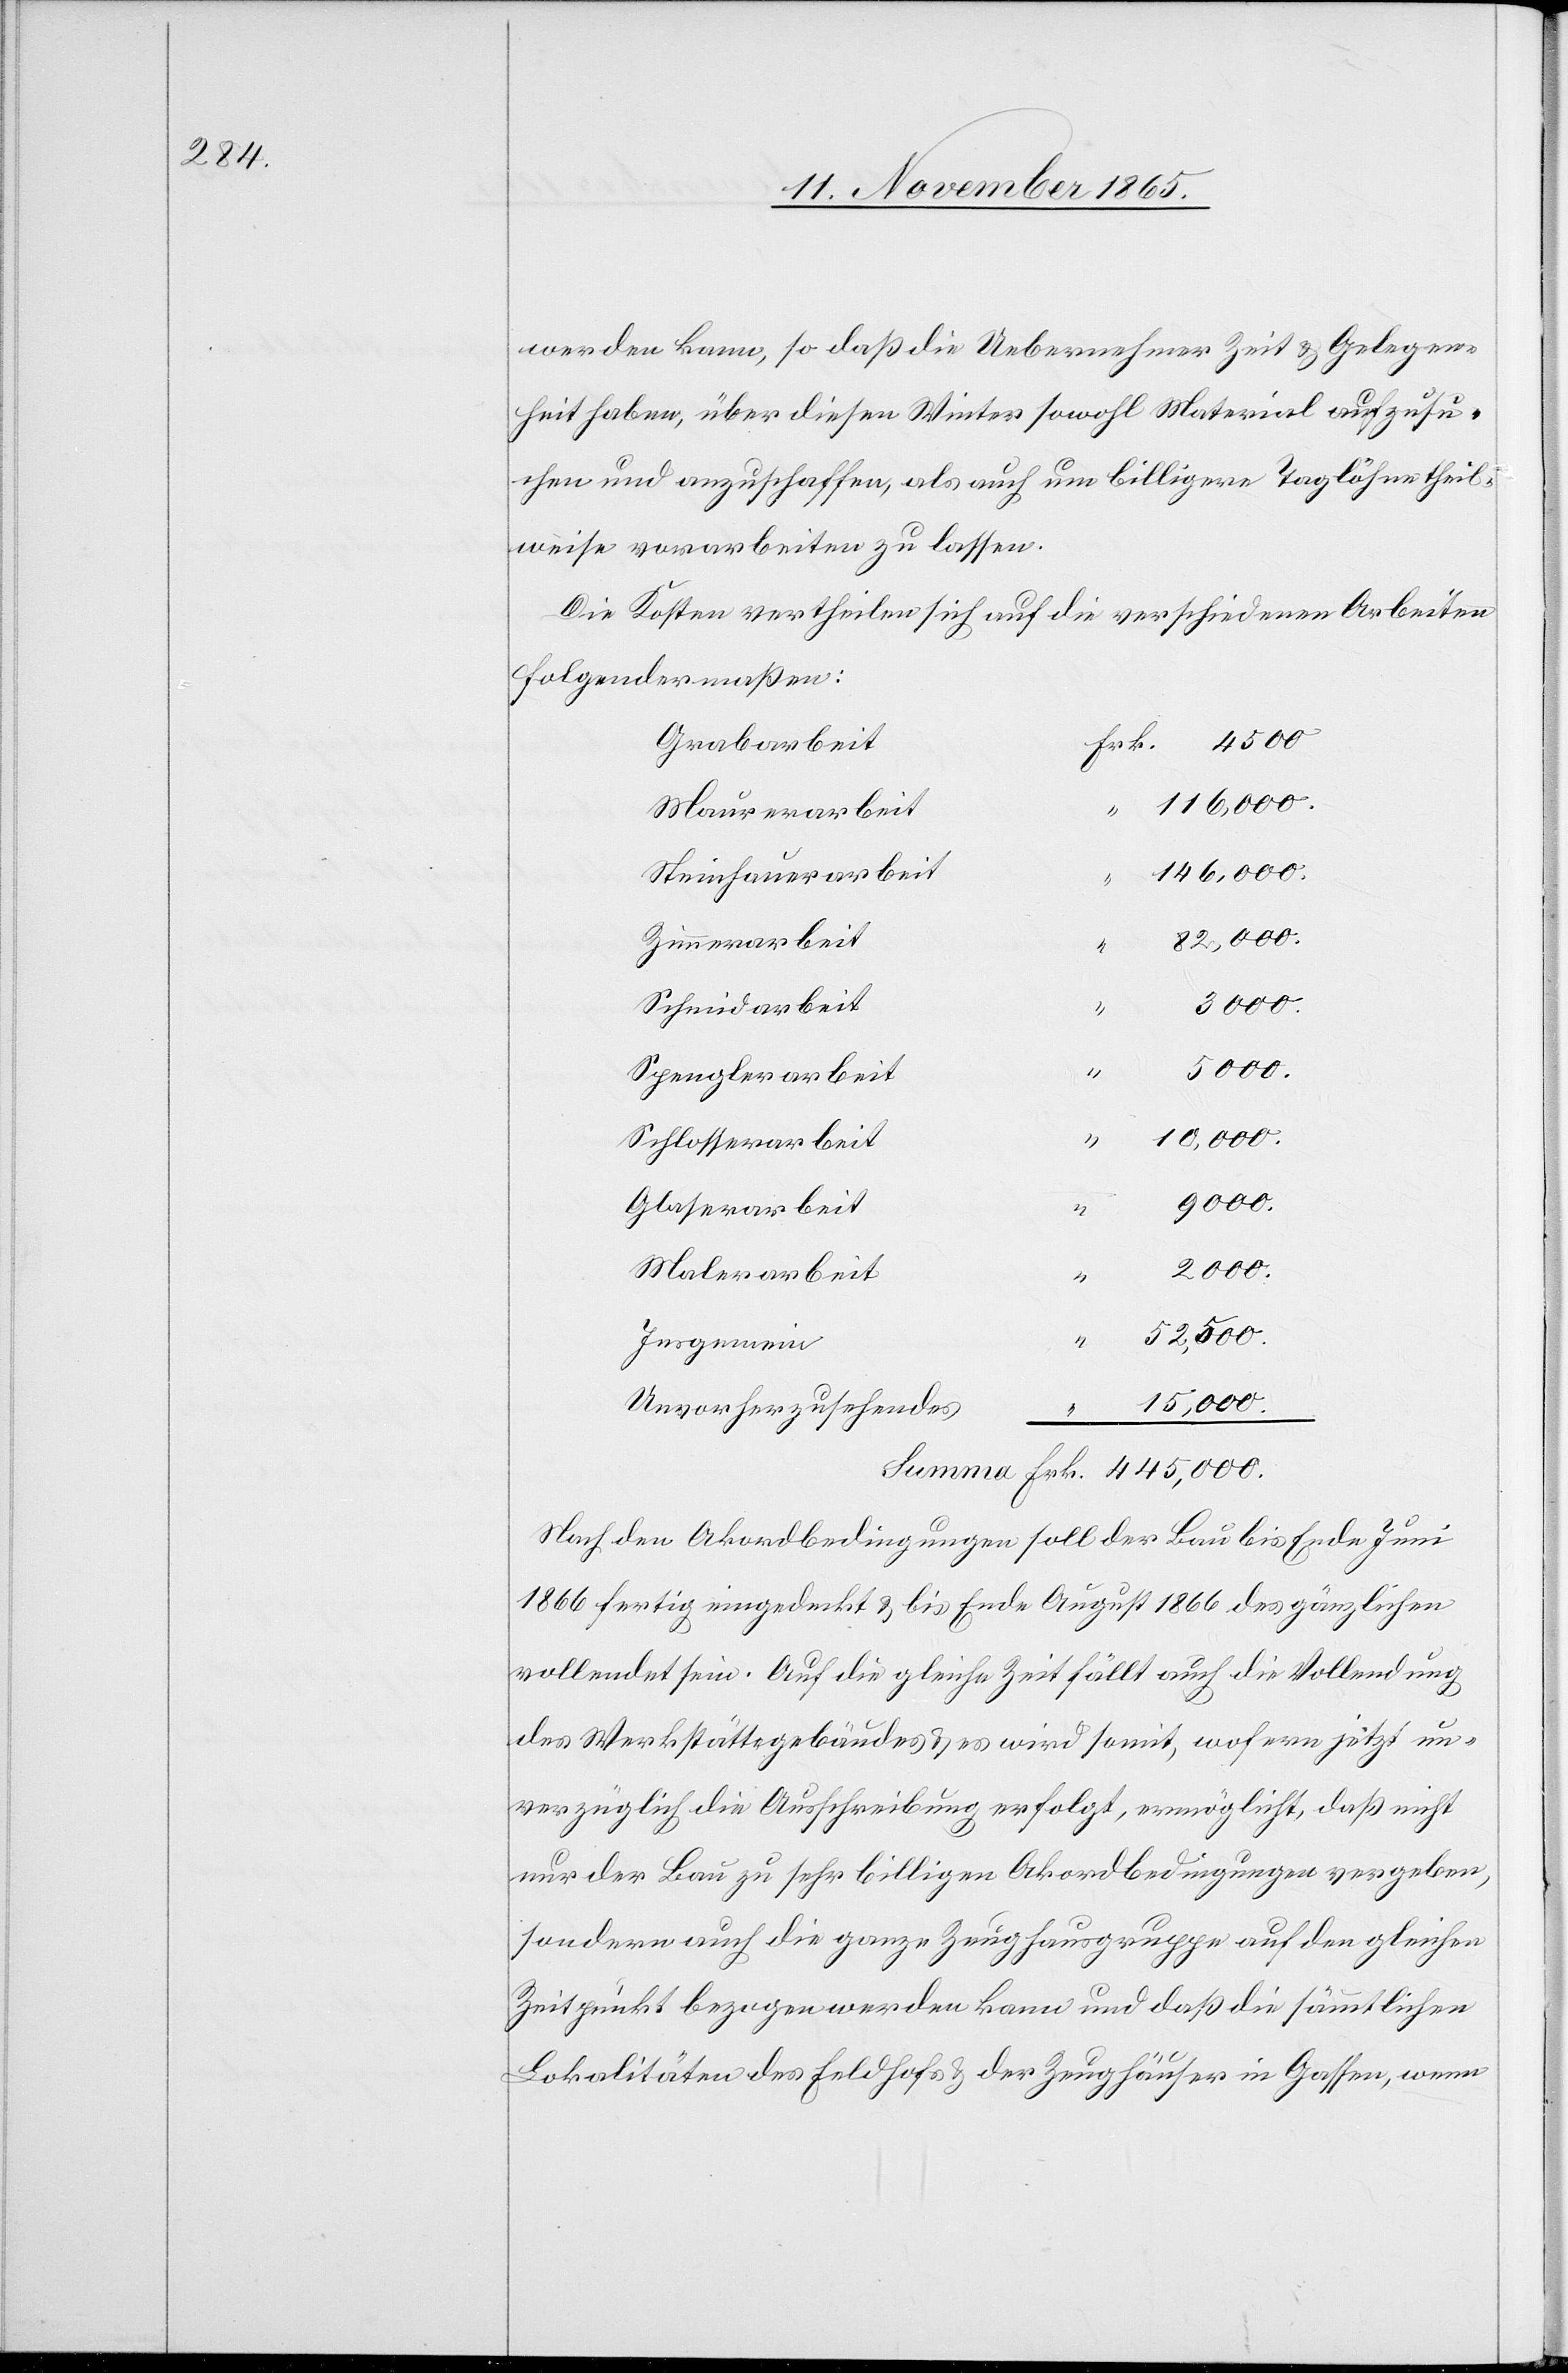
werden kann, so daß die Uebernehmer Zeit & Gelegen¬
heit haben, über diesen Winter sowohl Material aufzusu¬
chen und anzuschaffen, als auch um billigere Taglöhne theil¬
weise vorarbeiten zu lassen.
Die Kosten vertheilen sich auf die verschiedenen Arbeiten
folgendermaßen:
Grabarbeit
Maurerarbeit
146,000.
Steinhauerarbeit
445,000.
Zimmerarbeit
Schmidarbeit
2000.
Spenglerarbeit
“
10,000.
Schlosserarbeit
9000.
Glaserarbeit
Malerarbeit
52,500.
Insgemein
15,000.
Unvorherzusehendes
“
Nach den Akordbedingungen soll der Bau bis Ende Juni
1866 fertig eingedeckt & bis Ende August 1866 des gänzlichen
vollendet sein. Auf die gleiche Zeit fällt auch die Vollendung
des Werkstättengebäudes & es wird somit, wofern jetzt un¬
verzüglich die Ausschreibung erfolgt, ermöglicht, daß nicht
nur der Bau zu sehr billigen Akordbedingungen vergeben,
sondern auch die ganze Zeughausgruppe auf den gleichen
Zeitpunkt bezogen werden kann und daß die sämmtlichen
Lokalitäten des Feldhofs & der Zeughäuser in Gassen, wenn